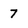
Character: 7